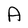
Character: A